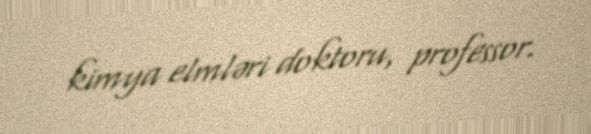
kimya elmləri doktoru, professor.